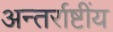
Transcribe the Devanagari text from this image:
अन्तर्राष्टींय